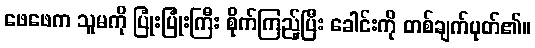
ဖေဖေက သူမကို ပြုံးပြုံးကြီး စိုက်ကြည့်ပြီး ခေါင်းကို တစ်ချက်ပုတ်၏။